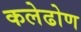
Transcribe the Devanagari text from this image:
कलेढोण